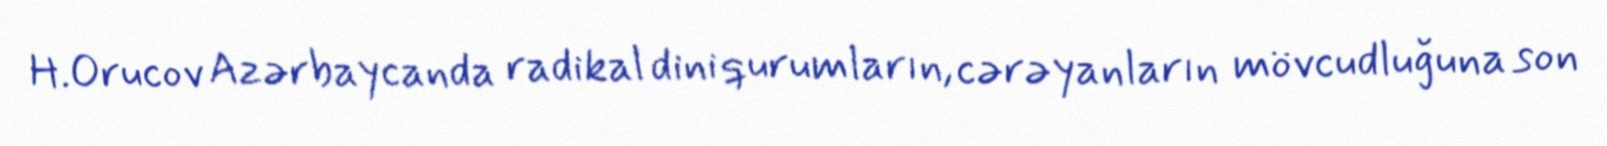
H.Orucov Azərbaycanda radikal dini qurumların, cərəyanların mövcudluğuna son